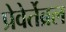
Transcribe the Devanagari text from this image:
प्रेवेर्तेब्रल